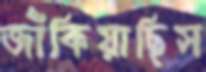
জাঁকিয়াছিস